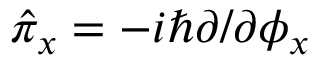
\hat { \pi } _ { x } = - i \hbar \partial / \partial \phi _ { x }